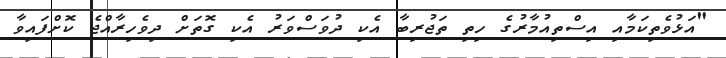
"އަޅުވެތިކަމާއި އިސްތިއުމާރުގެ ހިތި ތަޖުރިބާ އެކި ދުވަސްވަރު އެކި ގޮތަށް ދިވެހިރާއްޖެ ކޮށްފައިވާ